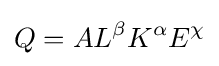
Q=AL^{\beta }K^{\alpha }E^{\chi }